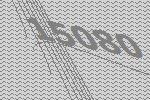
15080